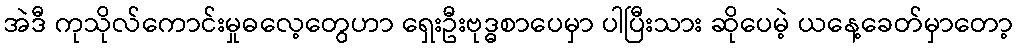
အဲဒီ ကုသိုလ်ကောင်းမှုဓလေ့တွေဟာ ရှေးဦးဗုဒ္ဓစာပေမှာ ပါပြီးသား ဆိုပေမဲ့ ယနေ့ခေတ်မှာတော့